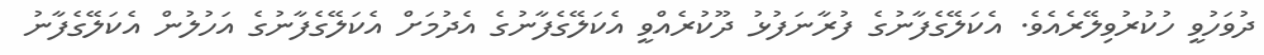
ދުވަހުވީ ހުކުރުވިލޭރެއެވެ. އެކަލޭގެފާނުގެ ފުރާނަފުޅު ދޫކުރެއްވީ އެކަލޭގެފާނުގެ އެދުމަށް އެކަލޭގެފާނުގެ އަހުލުން އެކަލޭގެފާނު